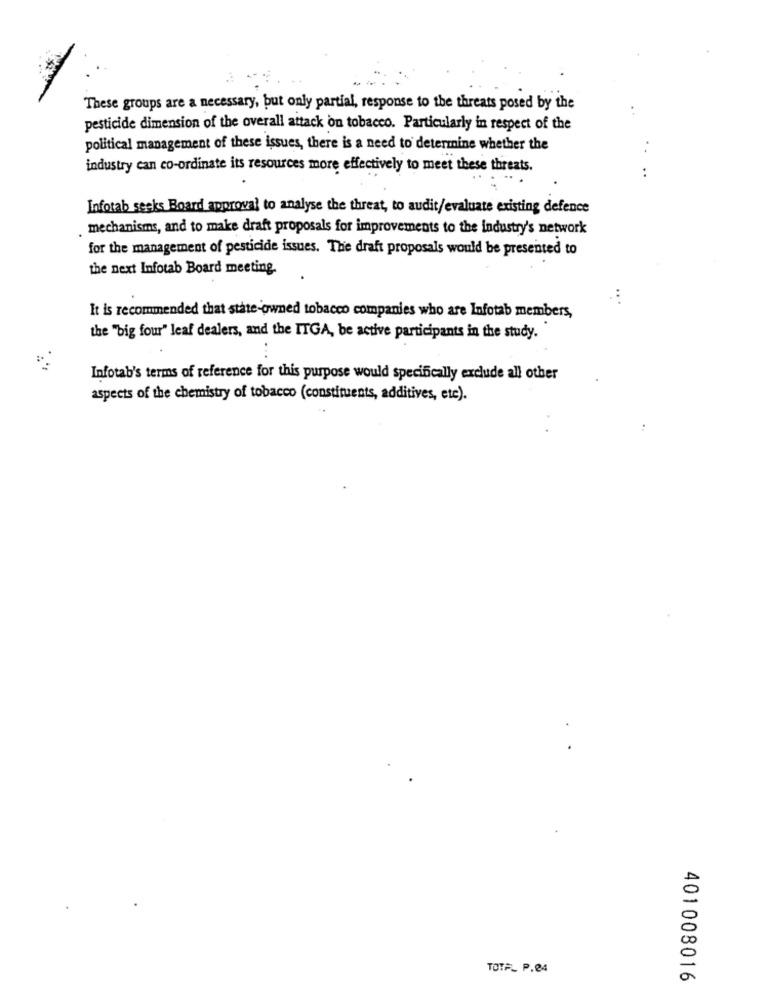
These groups are a necessary, but only partial, response to the threats posed by the
pesticide dimension of the overall attack on tobacco. Particularly in respect of the
political management of these issues, there is a need to determine whether the
industry can co-ordinate its resources more effectively to meet these threats.
..
Infotab seeks Board approval to analyse the threat, to audit/evaluate existing defence
mechanisms, and to make draft proposals for improvements to the industry's network
for the management of pesticide issues. The draft proposals would be presented to
the next Infotab Board meeting.
...
It is recommended that state-owned tobacco companies who are Infotab members,
the "big four" leaf dealers, and the ITGA, be active participants in the study.
Infotab's terms of reference for this purpose would specifically exclude all other
aspects of the chemistry of tobacco (constituents, additives, ete).
5
TOTA_ P.24
a
401008016